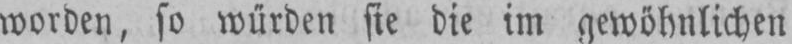
worden, so würden sie die im gewöhnlichen